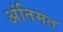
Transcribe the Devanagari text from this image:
अंतिमत